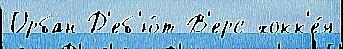
Орбан Д'еб'ю́т В'ерс хокк'е́я